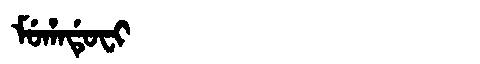
Manchu: ᠮᡠᡥᠠᡩᡠᠸᡳ
Romanization: MUHADUFI